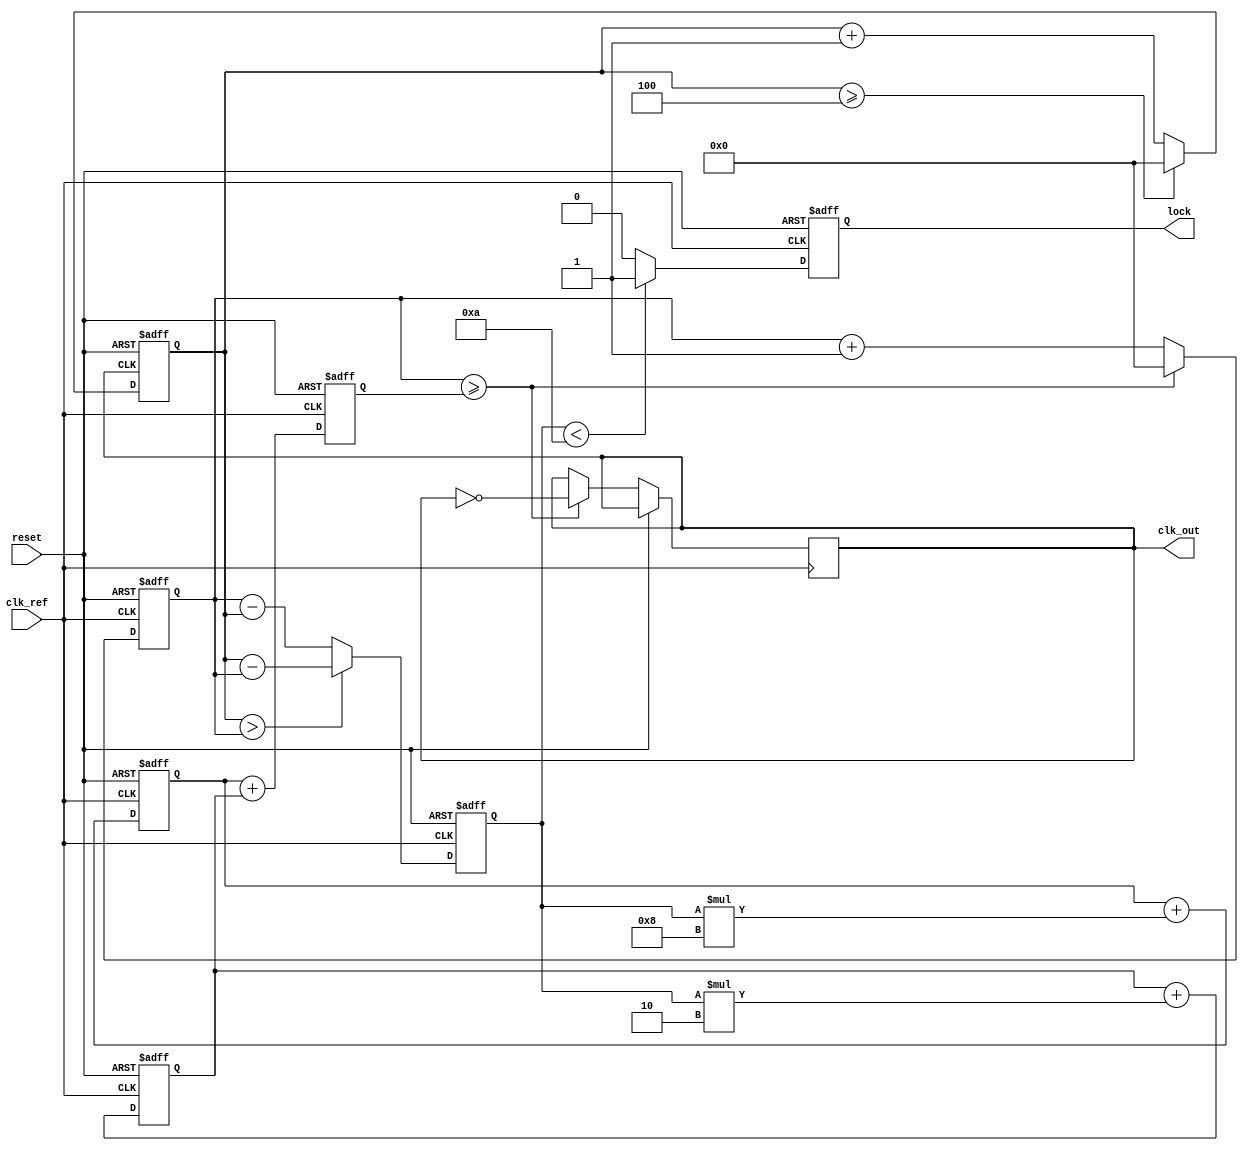
module dual_loop_pll(
    input wire clk_ref,           // Reference clock input
    input wire reset,             // Reset signal
    output reg clk_out,           // Output clock
    output reg lock               // Lock indicator
);

    // Parameters
    parameter DIV_RATIO = 4;      // Frequency divider ratio
    parameter COARSE_GAIN = 8;     // Coarse loop gain
    parameter FINE_GAIN = 2;       // Fine loop gain

    // Signals
    reg [31:0] phase_error;        // Phase error signal
    reg [31:0] coarse_voltage;     // Control voltage for coarse loop
    reg [31:0] fine_voltage;       // Control voltage for fine loop
    reg [31:0] vco_frequency;      // VCO frequency control
    reg [31:0] vco_counter;        // VCO counter for clock generation
    reg [31:0] feedback_counter;   // Feedback counter for phase comparison
    reg [31:0] lock_threshold = 32'd10; // Lock threshold for phase error

    // Phase Detector (PD)
    always @(posedge clk_ref or posedge reset) begin
        if (reset) begin
            phase_error <= 0;
            lock <= 0;
        end else begin
            // Simple phase comparison logic
            if (feedback_counter > vco_counter) begin
                phase_error <= feedback_counter - vco_counter;
            end else begin
                phase_error <= vco_counter - feedback_counter;
            end
            
            // Lock detection
            if (phase_error < lock_threshold) begin
                lock <= 1;
            end else begin
                lock <= 0;
            end
        end
    end

    // Loop Filters (Coarse and Fine)
    always @(posedge clk_ref or posedge reset) begin
        if (reset) begin
            coarse_voltage <= 0;
            fine_voltage <= 0;
        end else begin
            // Coarse loop filter
            coarse_voltage <= coarse_voltage + (phase_error * COARSE_GAIN);
            // Fine loop filter
            fine_voltage <= fine_voltage + (phase_error * FINE_GAIN);
        end
    end

    // Voltage-Controlled Oscillator (VCO)
    always @(posedge clk_ref or posedge reset) begin
        if (reset) begin
            vco_frequency <= 0;
            vco_counter <= 0;
        end else begin
            // Adjust VCO frequency based on combined control voltages
            vco_frequency <= coarse_voltage + fine_voltage;
            // Generate output clock signal based on VCO frequency
            if (vco_counter >= vco_frequency) begin
                clk_out <= ~clk_out; // Toggle output clock
                vco_counter <= 0;     // Reset counter
            end else begin
                vco_counter <= vco_counter + 1;
            end
        end
    end

    // Frequency Divider
    always @(posedge clk_out or posedge reset) begin
        if (reset) begin
            feedback_counter <= 0;
        end else begin
            feedback_counter <= feedback_counter + 1;
            if (feedback_counter >= DIV_RATIO) begin
                feedback_counter <= 0; // Reset feedback counter after division
            end
        end
    end

endmodule